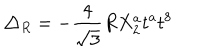
LaTeX: \triangle _ { R } = - \frac { 4 } { \sqrt { 3 } } R X _ { 2 } ^ { a } t ^ { a } t ^ { 8 }